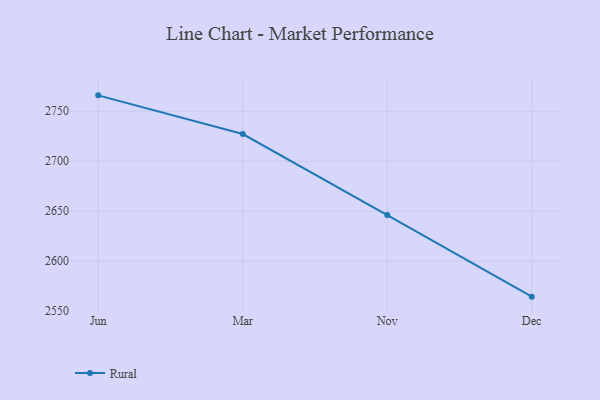
{"axis": {"x": "Month", "y": "Satisfaction Score"}, "legend": ["Rural"], "data": [{"x": "Jun", "y": 2765.9, "type": "Rural"}, {"x": "Mar", "y": 2727.2, "type": "Rural"}, {"x": "Nov", "y": 2646.1, "type": "Rural"}, {"x": "Dec", "y": 2564.5, "type": "Rural"}]}